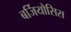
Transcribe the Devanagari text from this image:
बर्जियौसिस